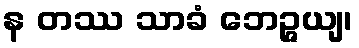
န တဿ သာခံ ဘေဉ္ဇယျ၊